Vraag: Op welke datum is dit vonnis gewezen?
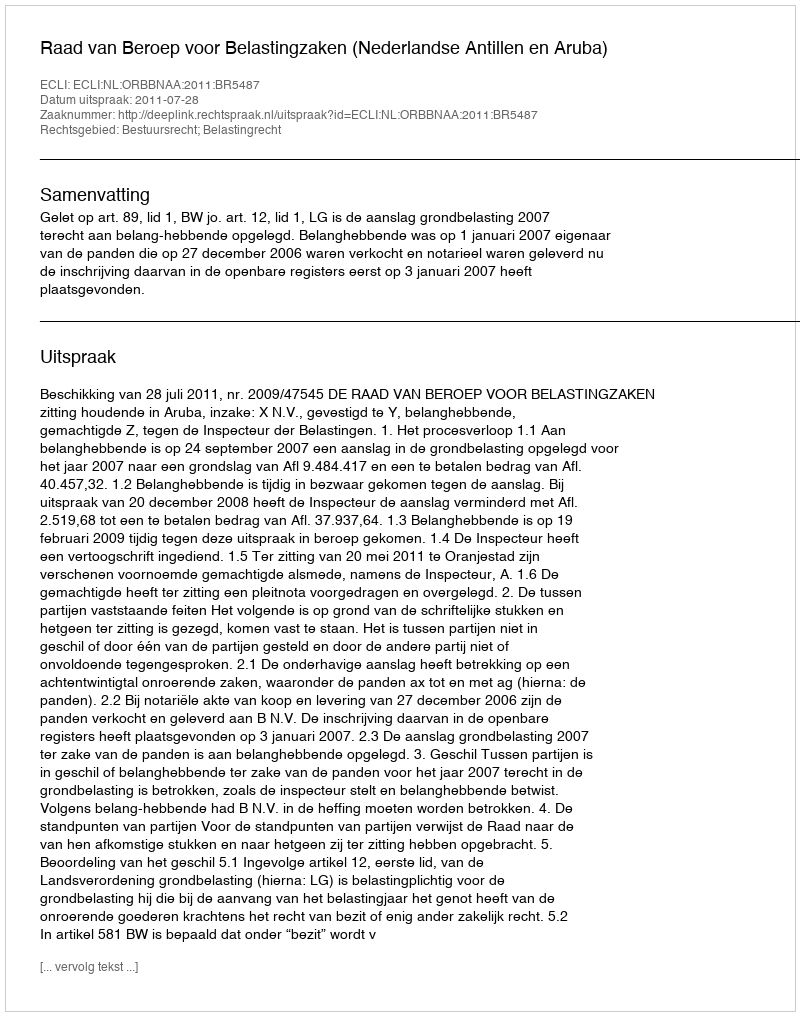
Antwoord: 2011-07-28